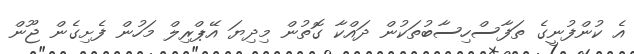
އެ ކުންފުނީގެ ތަފާސްހިސާބުތަކުން ދައްކާ ގޮތުން މިދިޔަ އޭޕްރިލް މަހުން ފެށިގެން ޖޫން